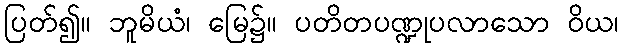
ပြတ်၍။ ဘူမိယံ၊ မြေ၌။ ပတိတပဏ္ဍုပလာသော ဝိယ၊